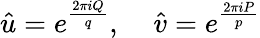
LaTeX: \hat{u}=e^{\frac{2\pi iQ}{q}},\; \; \; \; \hat{v}=e^{\frac{2\pi iP}{p}}